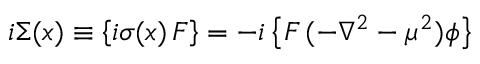
i \Sigma ( x ) \equiv \left\{ i \sigma ( x ) \, F \right\} = - i \left\{ F \, ( - \nabla ^ { 2 } - \mu ^ { 2 } ) \phi \right\}